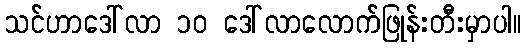
သင်ဟာဒေါ်လာ ၁၀ ဒေါ်လာလောက်ဖြုန်းတီးမှာပါ။